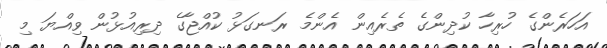
އަހަރެންގެ ހުރިހާ ކުދިންގެ ތެރެއިން އެންމެ ރަނގަޅު ކުއްޖާގެ ދިރިއުޅުން ވިއްޔަ މި